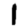
Digit: 1